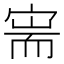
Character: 𫳟